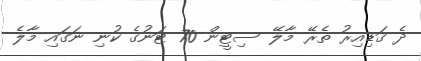
ދެ ގަޑިއިރު ތެރޭ މާލޭ ސިޓީން 70 ޓަނުގެ ކުނި ނަގައި މާލެ